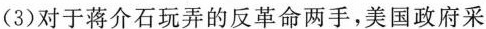
(3)对于蒋介石玩弄的反革命两手，美国政府采